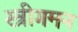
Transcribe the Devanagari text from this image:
स्त्रीगमन